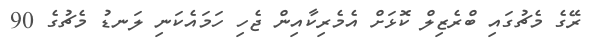
ރޭގެ މެޗުގައި ބްރެޒިލް ކޮޅަށް އެެމެރިކާއިން ޖެހި ހަމައެކަނި ލަނޑު މެޗުގެ 90